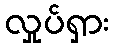
လှုပ်ရှား